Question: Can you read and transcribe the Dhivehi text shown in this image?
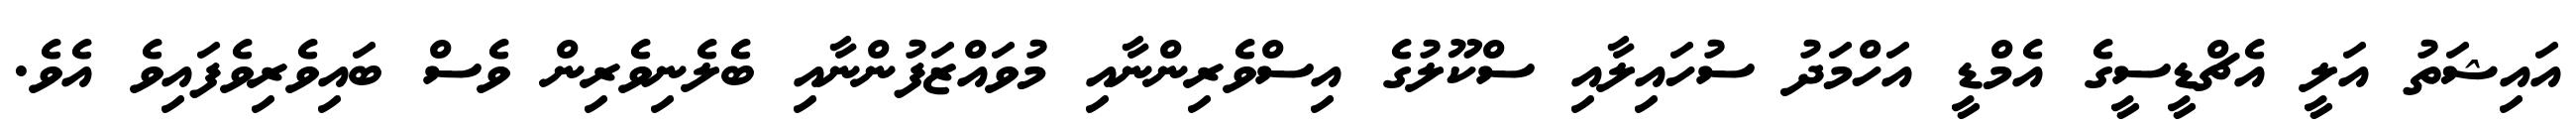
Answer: އައިޝަތު އަލީ އެޗްޑީސީގެ އެމްޑީ އަހްމަދު ސުހައިލާއި ސްކޫލުގެ އިސްވެރިންނާއި މުވައްޒަފުންނާއި ބެލެނިވެރިން ވެސް ބައިވެރިވެފައިވެ އެވެ.